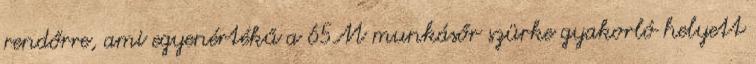
rendőrre, ami egyenértékű a 65M munkásőr szürke gyakorló helyett